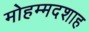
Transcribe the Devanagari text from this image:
मोहम्मदशाह